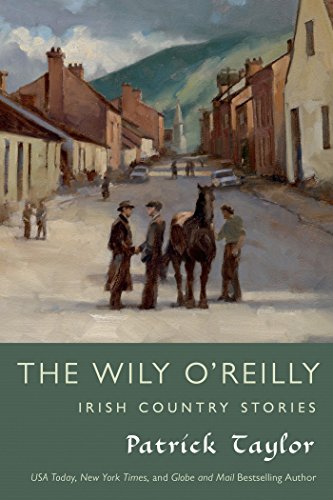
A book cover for The Wily O'Reilly: Irish Country Stories (Irish Country Books); Patrick Taylor; Mystery, Thriller & Suspense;